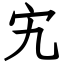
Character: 宄